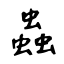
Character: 蟲